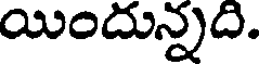
యిందున్నది.